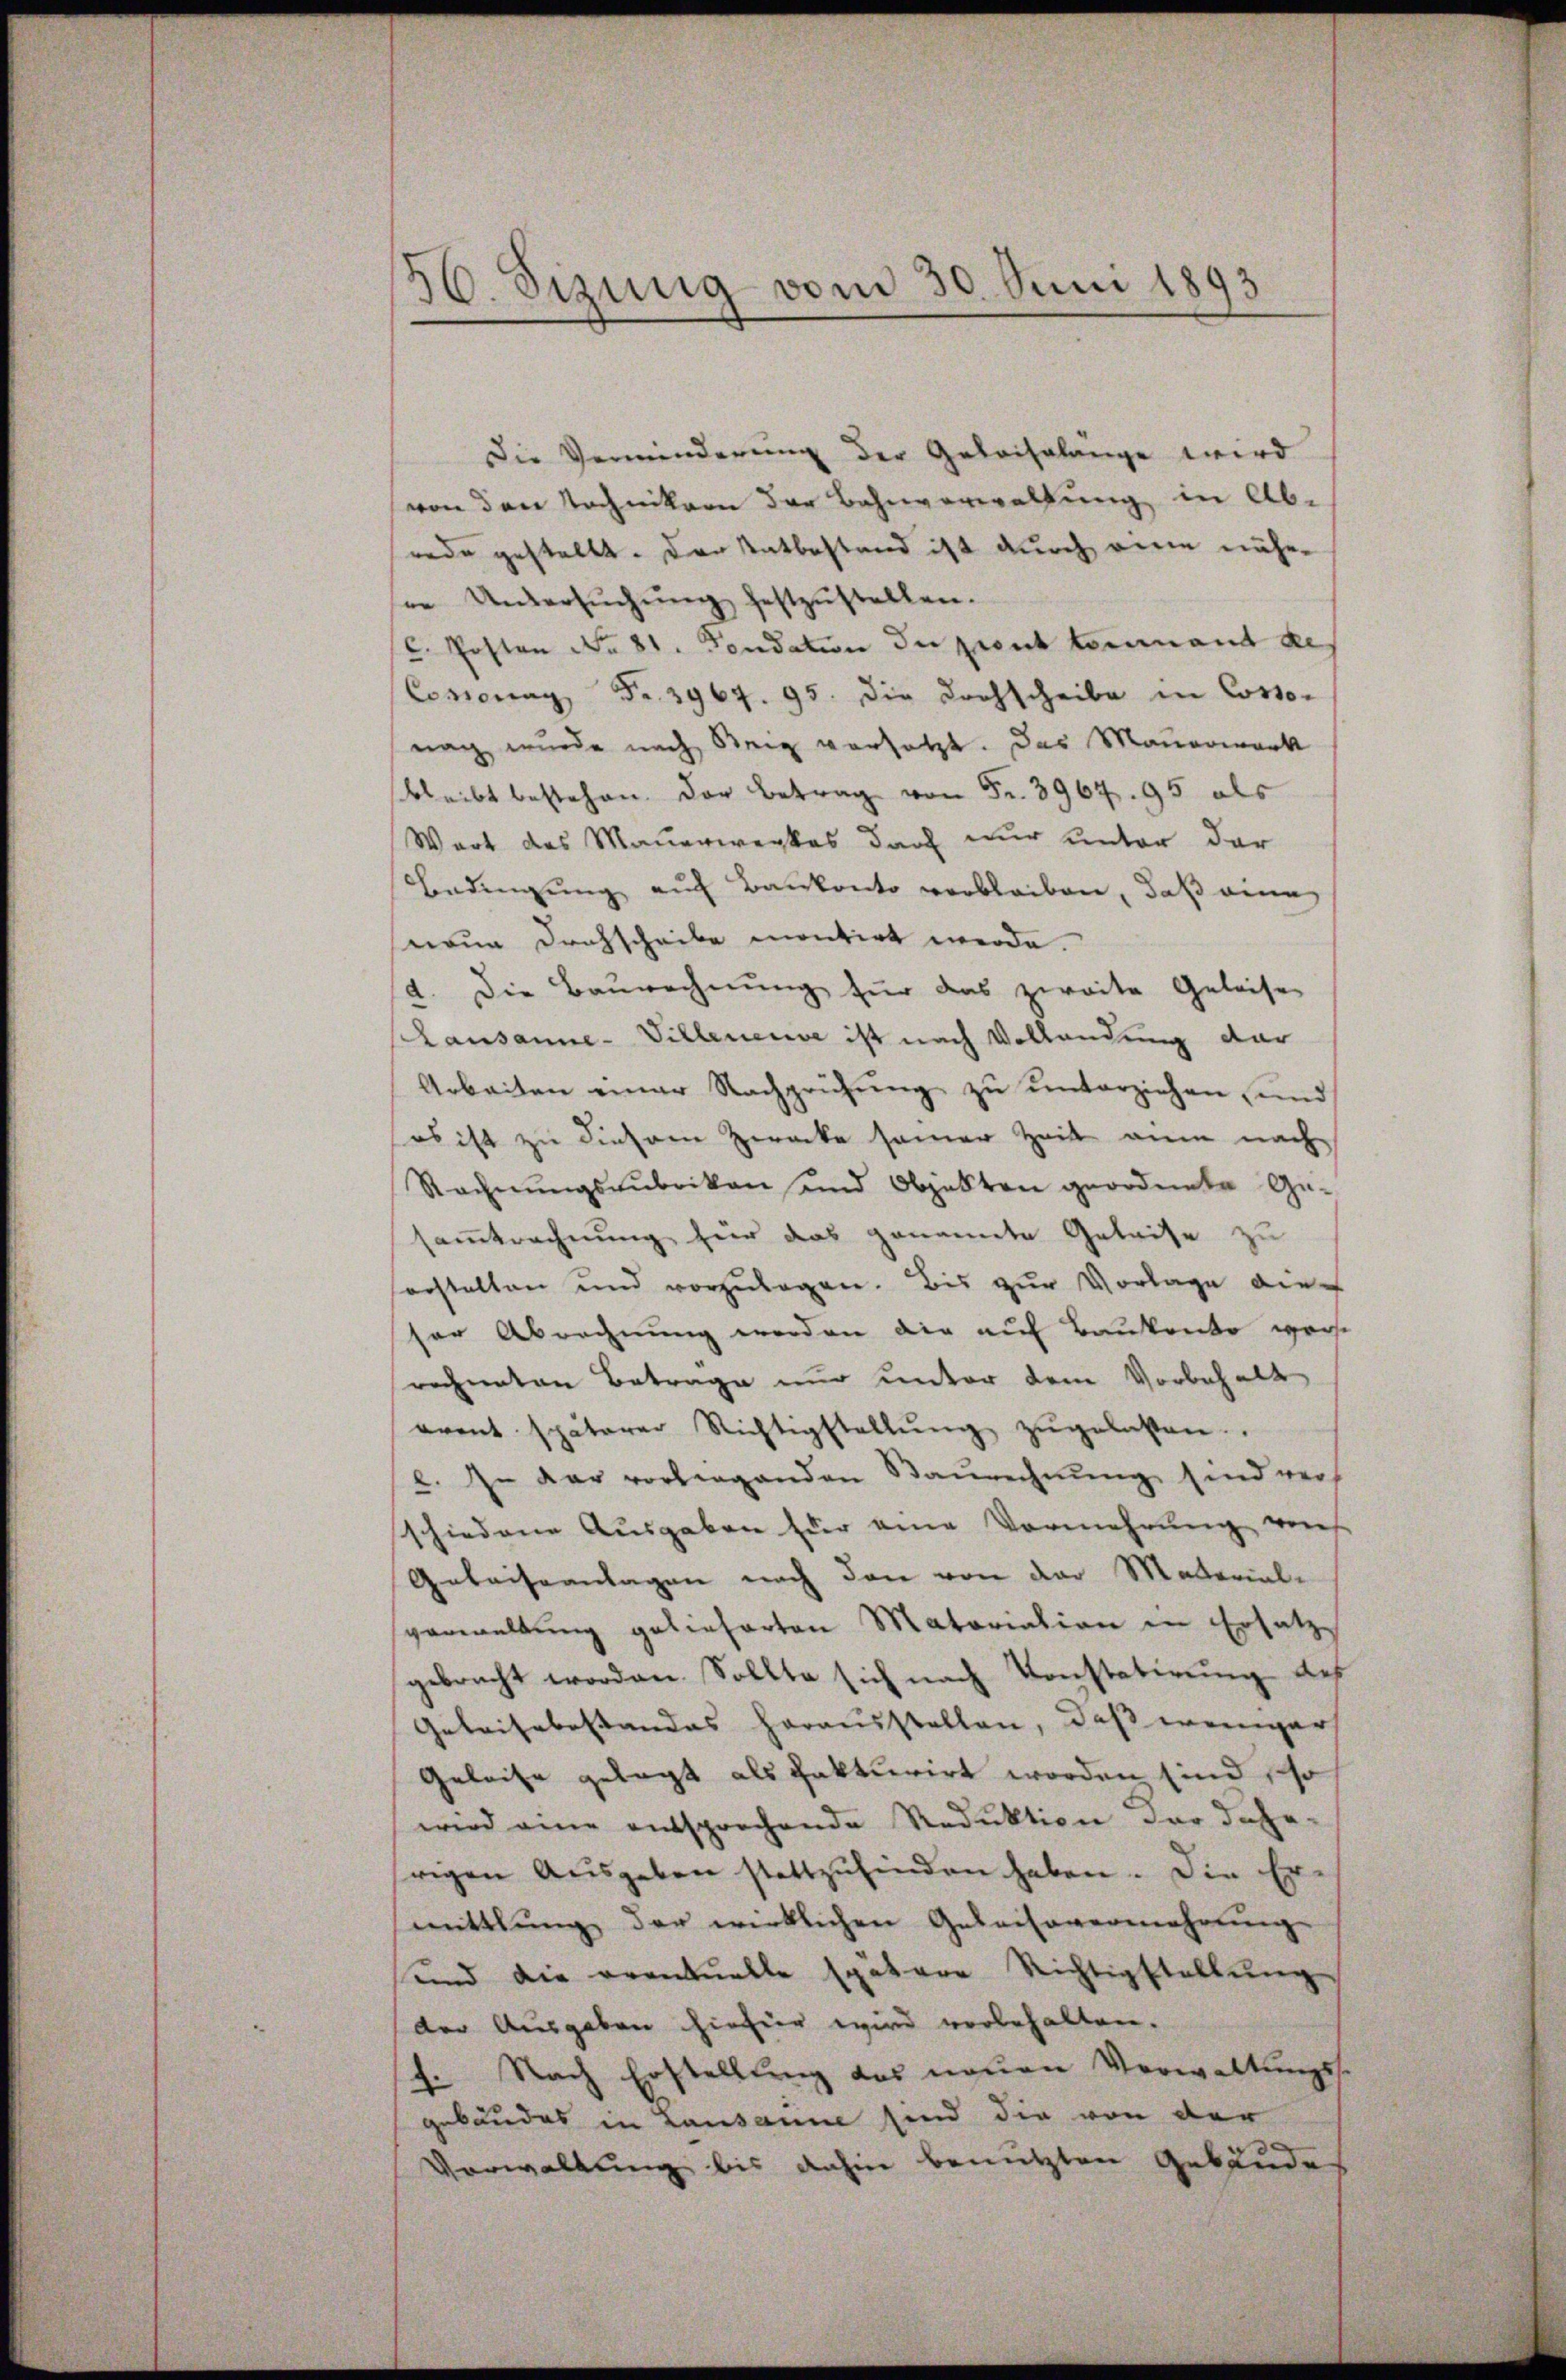
56. Sizung vom 30. Juni 1893

Die Verminderung der Gelois länge wird
von den Tochnikern der Bahnverwaltung in Abrede gestellt. Der Tatbestand ist durch eine nähere Untersŭchŭng festzŭstellen.
C. Posten No 81. Feudation du prout tommand de
Coronag Fr. 3967. 95. Die Drohscheibe in Cosso-
nach wurde nach Steig versetzt. Das Mauerwart
bleibt bestehen. Der Betrag von Fr. 3967. 95 als
Wart des Mauerwerkes darf nur unter der
Bedingung auf Baukonto verbleiben, daß eine
neun Drahscheibe montirt werde.
d. Die Baŭrechnŭng für das zweite Geleise
Lausanne-Villeneuve ist nach Vollandung dar
Arbeiten einer Nachprüfŭng zŭ ŭnterziehen und
es ist zu diesem Zwecke seiner Zeit ain nach¬
Rechnŭngszubrikon und Objekten geordnete Ge-
samtrechnung hier das genannte Geleise zu
orstalten und vorzulegen. Bis zur Vorlage dich
ser Abrechnung worden die auf Baukanko werde
rechneten Betrage nur unter dem Vorbehalt
event späterer Richtigstellŭng zŭgelassen.
l. J. dar vorliegenden Baurechnung sind vers
schiedene Ausgaben für eine Vermehrung vorh
Geleiseanlagen nach den von der Material-
verwaltung gelieferten Matoriation in Ersatz
gebracht worden. Sollte sich nach Konstatirung des
Geleistbestandes herausstellen, daß weniger
Geleise gelegt als fakturirt worden sind, so
wird eine entsprochende Reduktion der dahe-
rigen Aŭsgaben stattzŭfinden haben. Die Er-
mittlung der wirklichen Geleisevermehrŭng
und die eventuelle spätere Richtigstellŭng
der Ausgaben hiefür wird vorbehalten.
7. Nach Erstellung das neuen Verwaltungs-
gebäudes in Lausanne sind die von der
Vorwaltung bis dahin benutzten Gebäude